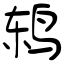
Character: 鸫